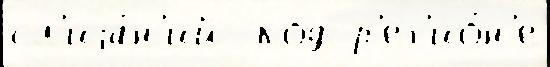
сл'иjа́н'ий  код р'ег'ио́н'е